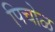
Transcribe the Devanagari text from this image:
पिचोळ